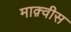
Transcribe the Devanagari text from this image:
माक़्वीस